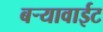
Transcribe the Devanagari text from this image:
बऱ्यावाईट